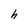
Character: h